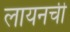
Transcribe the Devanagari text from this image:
लायनची